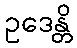
ဥဒေန္တိ